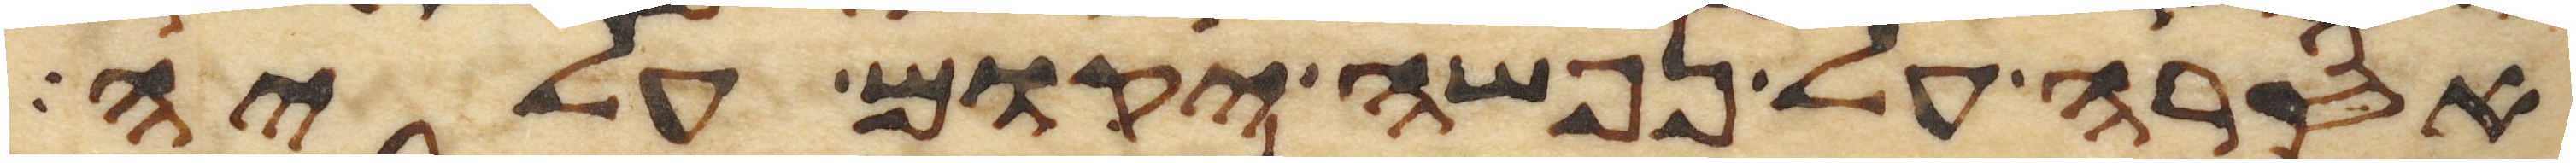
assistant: אסרה על נפשה יקום עליה